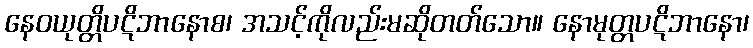
နေဝယုတ္တိပဋိဘာနောစ၊ အသင့်ကိုလည်းမဆိုတတ်သော။ နောမုတ္တပဋိဘာနော၊